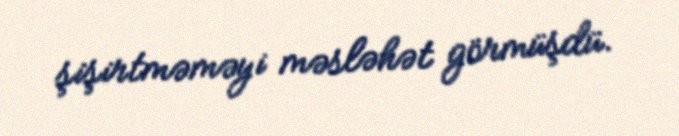
şişirtməməyi məsləhət görmüşdü.